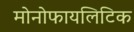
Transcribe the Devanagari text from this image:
मोनोफायलिटिक